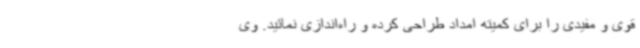
قوی و مفیدی را برای کمیته امداد طراحی کرده و راه‌اندازی نمائید. وی